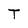
Character: T